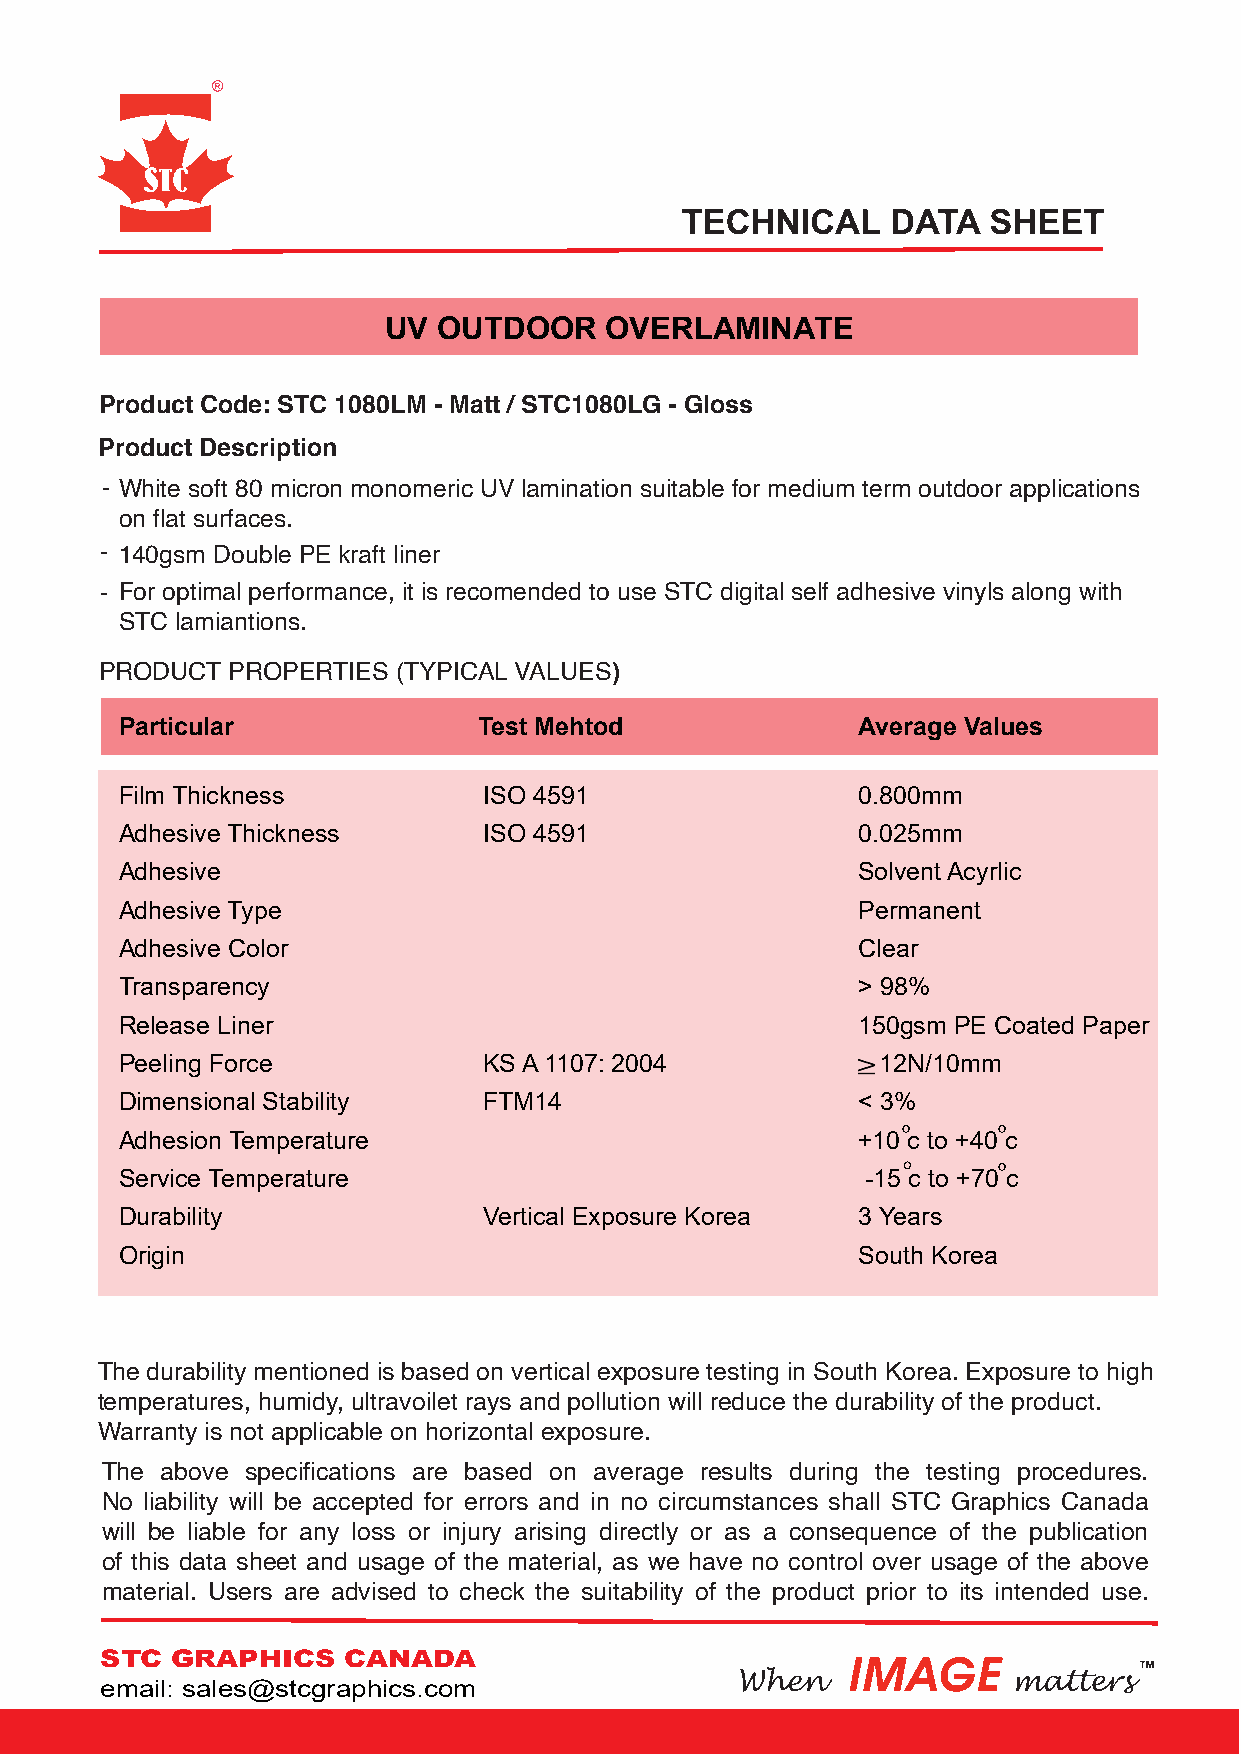
UV  OUTDOOR    OVERLAMINATE
 Product Code: STC 1080LM - Matt / STC1080LG - Gloss
 Product Description
 -
 White soft 80 micron monomeric UV lamination suitable for medium term outdoor applications
 on flat surfaces.
 -
 140gsm Double PE kraft liner
 - For optimal performance, it is recomended to use STC digital self adhesive vinyls along with
 STC lamiantions.
 PRODUCT PROPERTIES (TYPICAL VALUES)
 Particular              Test Mehtod              Average Values
 Film Thickness          ISO 4591                 0.800mm
 Adhesive Thickness      ISO 4591                 0.025mm
 Adhesive                                         Solvent Acyrlic
 Adhesive Type                                    Permanent
 Adhesive Color                                   Clear
 Transparency                                     > 98%
 Release Liner                                    150gsm PE Coated Paper
 Peeling Force           KS A 1107: 2004           12N/10mm
 Dimensional Stability   FTM14                    < 3%
 Adhesion Temperature                             +10 c to +40 c
 Service Temperature                              -15 c to +70 c
 Durability              Vertical Exposure Korea  3 Years
 Origin                                           South Korea
 The durability mentioned is based on vertical exposure testing in South Korea. Exposure to high
 temperatures, humidy, ultravoilet rays and pollution will reduce the durability of the product.
 Warranty is not applicable on horizontal exposure.
 The above specifications are based on average results during the testing procedures.
 No liability will be accepted for errors and in no circumstances shall STC Graphics Canada
 will be liable for any loss or injury arising directly or as a consequence of the publication
 of this data sheet and usage of the material, as we have no control over usage of the above
 material. Users are advised to check the suitability of the product prior to its intended use.
 STC GRAPHICS    CANADA                           IMAGE
 email: sales@stcgraphics.com